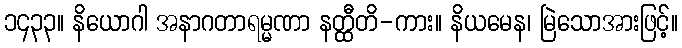
၁၄၃၃။ နိယောဂါ အနာဂတာရမ္မဏာ နတ္ထီတိ-ကား။ နိယမေန၊ မြဲသောအားဖြင့်။